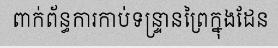
ពាក់ព័ន្ធការកាប់ទន្ទ្រានព្រៃក្នុងដែន